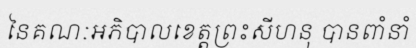
នៃគណៈអភិបាលខេត្តព្រះសីហនុ បានពាំនាំ